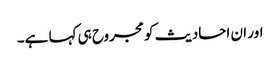
اور ان احادیث کو مجروح ہی کہا ہے۔